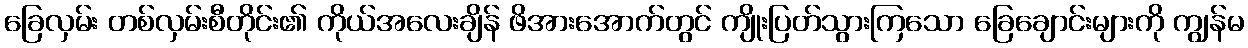
ခြေလှမ်း တစ်လှမ်းစီတိုင်း၏ ကိုယ်အလေးချိန် ဖိအားအောက်တွင် ကျိုးပြတ်သွားကြသော ခြေချောင်းများကို ကျွန်မ